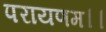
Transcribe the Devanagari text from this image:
परायणम।।